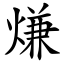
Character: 熑